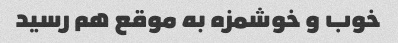
خوب و خوشمزه به موقع هم رسید